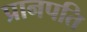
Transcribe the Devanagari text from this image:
प्रानपति